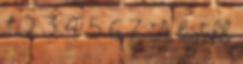
1 2 3 4 5 6 7 A legtöbb